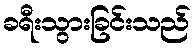
ခရီးသွားခြင်းသည်